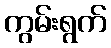
ကွမ်းရွက်